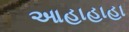
આહાહાહા